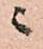
ニ